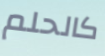
كالحلم